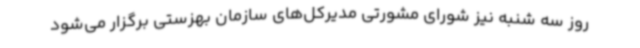
روز سه شنبه نیز شورای مشورتی مدیرکل‌های سازمان بهزستی برگزار می‌شود